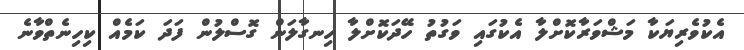
އެކުވެރިޔަކާ މަޝްވަރާކޮށްލާ އެކުގައި ވަގުތު ހޭދަކޮށްލާ ހިނގާލަން ގޮސްލުން ފަދަ ކަމެއް ކިހިނެތްވާނެ